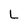
Character: L